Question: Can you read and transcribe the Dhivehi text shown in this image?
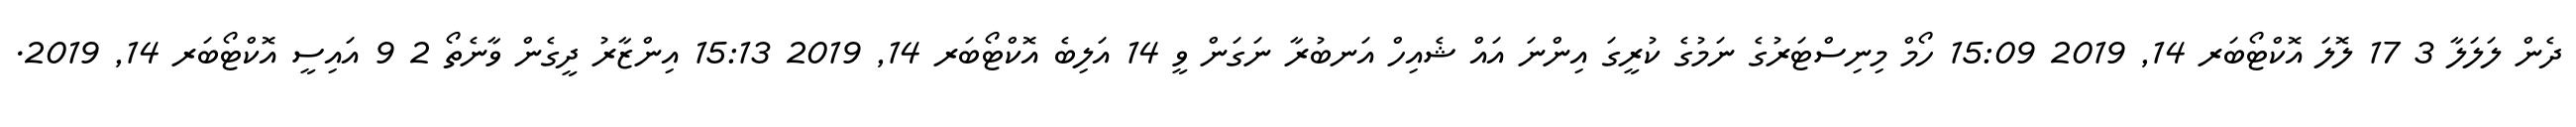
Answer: ދެން ލަލަލާ 3 17 ލޮލަ އޮކްޓޯބަރ 14, 2019 15:09 ހޯމް މިނިސްޓަރުގެ ނަމުގެ ކުރީގަ އިންނަ އައް ޝެއިހް އަނބުރާ ނަގަން ވީ 14 އަލިބެ އޮކްޓޯބަރ 14, 2019 15:13 އިންޒާރު ދީގެން ވާނެތޯ 2 9 އައިސީ އޮކްޓޯބަރ 14, 2019.